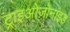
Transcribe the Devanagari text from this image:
ट्राइओज़ोनाइड